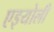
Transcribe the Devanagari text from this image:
एइयोली